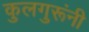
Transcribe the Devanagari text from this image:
कुलगुरूंनी